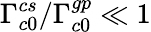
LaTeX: \Gamma_{c0}^{cs}/\Gamma_{c0}^{gp}\ll 1